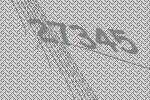
27345